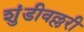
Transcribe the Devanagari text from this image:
शुंडीवल्लरी